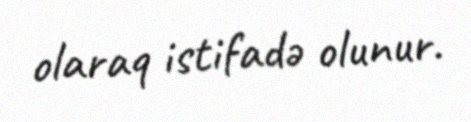
olaraq istifadə olunur.